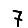
Digit: 7